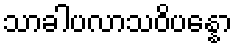
သာခါပလာသဝိပန္နော